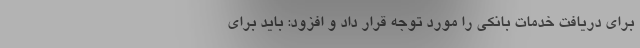
برای دریافت خدمات بانکی را مورد توجه قرار داد و افزود: باید برای